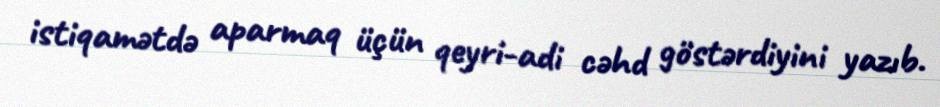
istiqamətdə aparmaq üçün qeyri-adi cəhd göstərdiyini yazıb.